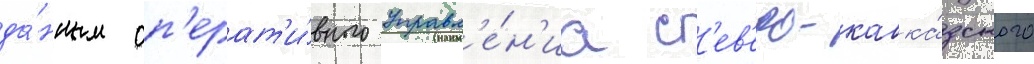
да́нным оп'ерат'и́вного управл'е́н'иа с'ев'еро-кавка́зского